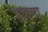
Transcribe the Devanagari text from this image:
हातगा